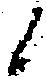
候